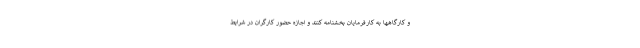
و کارگاهها به کارفرمایان بخشنامه کنند و اجازه حضور کارگران در شرایط